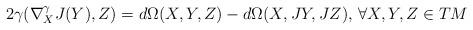
LaTeX: \begin{align*}2\gamma(\nabla^\gamma_XJ(Y),Z)=d\Omega(X,Y,Z)-d\Omega(X,JY,JZ),\,\forall X,Y,Z\in TM\end{align*}